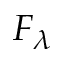
F _ { \lambda }